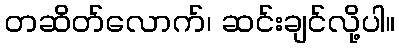
တဆိတ်လောက်၊ ဆင်းချင်လို့ပါ။